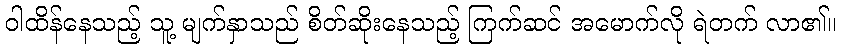
ဝါထိန်နေသည့် သူ့ မျက်နှာသည် စိတ်ဆိုးနေသည့် ကြက်ဆင် အမောက်လို ရဲတက် လာ၏။